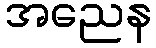
အညေန